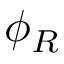
\phi _ { R }